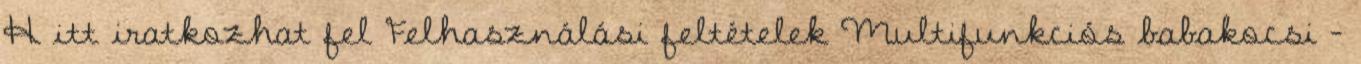
H itt iratkozhat fel Felhasználási feltételek Multifunkciós babakocsi -